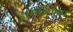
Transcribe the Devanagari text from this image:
इस्माईलचा